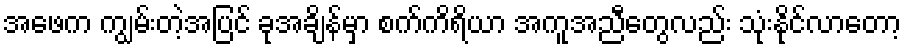
အဖေက ကျွမ်းတဲ့အပြင် ခုအချိန်မှာ စက်ကိရိယာ အကူအညီတွေလည်း သုံးနိုင်လာတော့